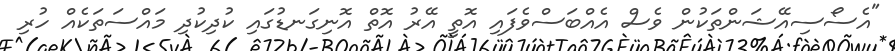
"އެސޯސިއޭޝަންތަކުން ވެސް އެއްބަސްވެފައި އޮތީ އޭރު އޮތް އޮނިގަނޑުގައި ކުދިކުދި މައްސަތަކެއް ހުރި